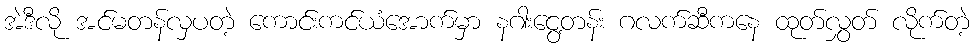
အဲဒီလို အင်မတန်လှပတဲ့ ကောင်းကင်ယံအောက်မှာ နဂါးငွေ့တန်း ဂလက်ဆီကနေ ထုတ်လွှတ် လိုက်တဲ့